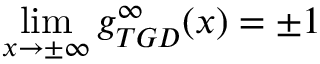
\operatorname* { l i m } _ { x \to \pm \infty } g _ { T G D } ^ { \infty } ( x ) = \pm 1